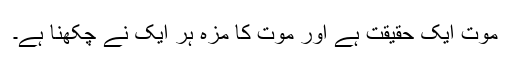
موت ایک حقیقت ہے اور موت کا مزہ ہر ایک نے چکھنا ہے۔